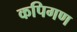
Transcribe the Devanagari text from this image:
कपिगण